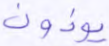
يؤذون